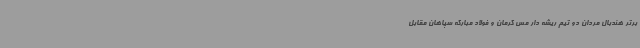
برتر هندبال مردان دو تیم ریشه دار مس کرمان و فولاد مبارکه سپاهان مقابل